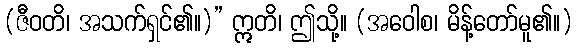
(ဇီဝတိ၊ အသက်ရှင်၏။)” ဣတိ၊ ဤသို့။ (အဝေါစ၊ မိန့်တော်မူ၏။)